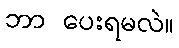
ဘာ ပေးရမလဲ။